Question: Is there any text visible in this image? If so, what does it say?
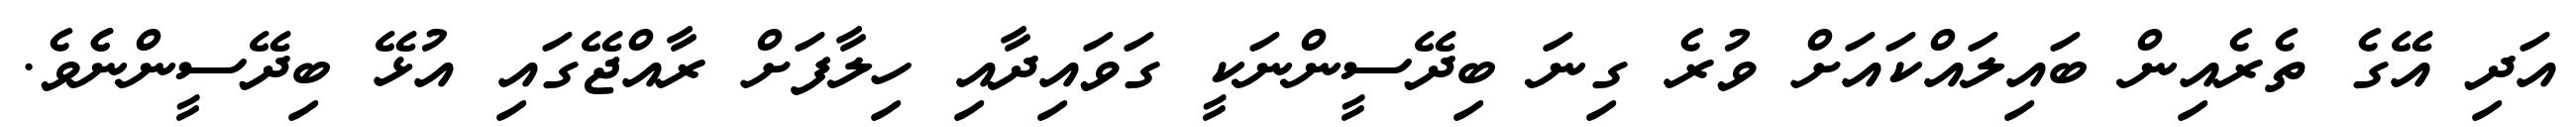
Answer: އަދި އޭގެ ތެރެއިން ބައިލައްކައަށް ވުރެ ގިނަ ބިދޭސީންނަކީ ގަވައިދާއި ހިލާފަށް ރާއްޖޭގައި އުޅޭ ބިދޭސީންނެެވެ.